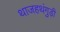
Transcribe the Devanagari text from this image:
थाजहथंगुड़ी